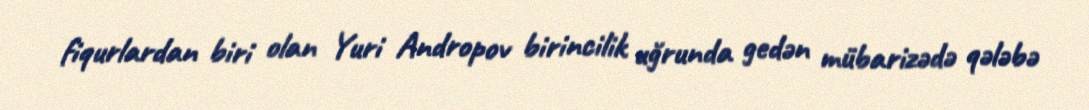
fiqurlardan biri olan Yuri Andropov birincilik uğrunda gedən mübarizədə qələbə